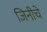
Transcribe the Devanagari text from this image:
जिनीचे